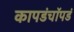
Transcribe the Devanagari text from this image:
कापडंचॉपडं